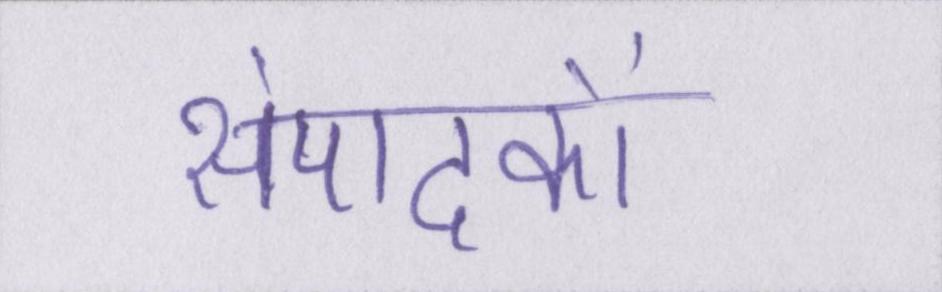
संपादकों